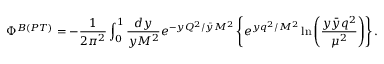
\Phi ^ { B ( P T ) } = - \frac { 1 } { 2 \pi ^ { 2 } } \int _ { 0 } ^ { 1 } \frac { d y } { y M ^ { 2 } } e ^ { - { y Q ^ { 2 } } / { \bar { y } M ^ { 2 } } } \left\{ e ^ { { y q ^ { 2 } } / { M ^ { 2 } } } \ln { \left( \frac { y \bar { y } q ^ { 2 } } { \mu ^ { 2 } } \right) } \right\} .